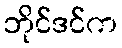
ဘိုင်ဒင်က